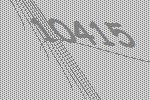
10415